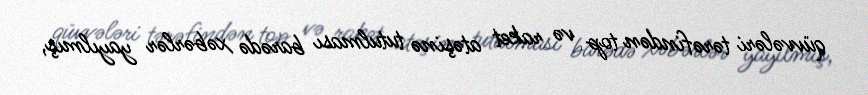
qüvvələri tərəfindən top və raket atəşinə tutulması barədə xəbərlər yayılmış,